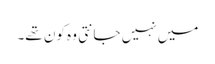
میں نہیں جانتی وہ کون تھے۔